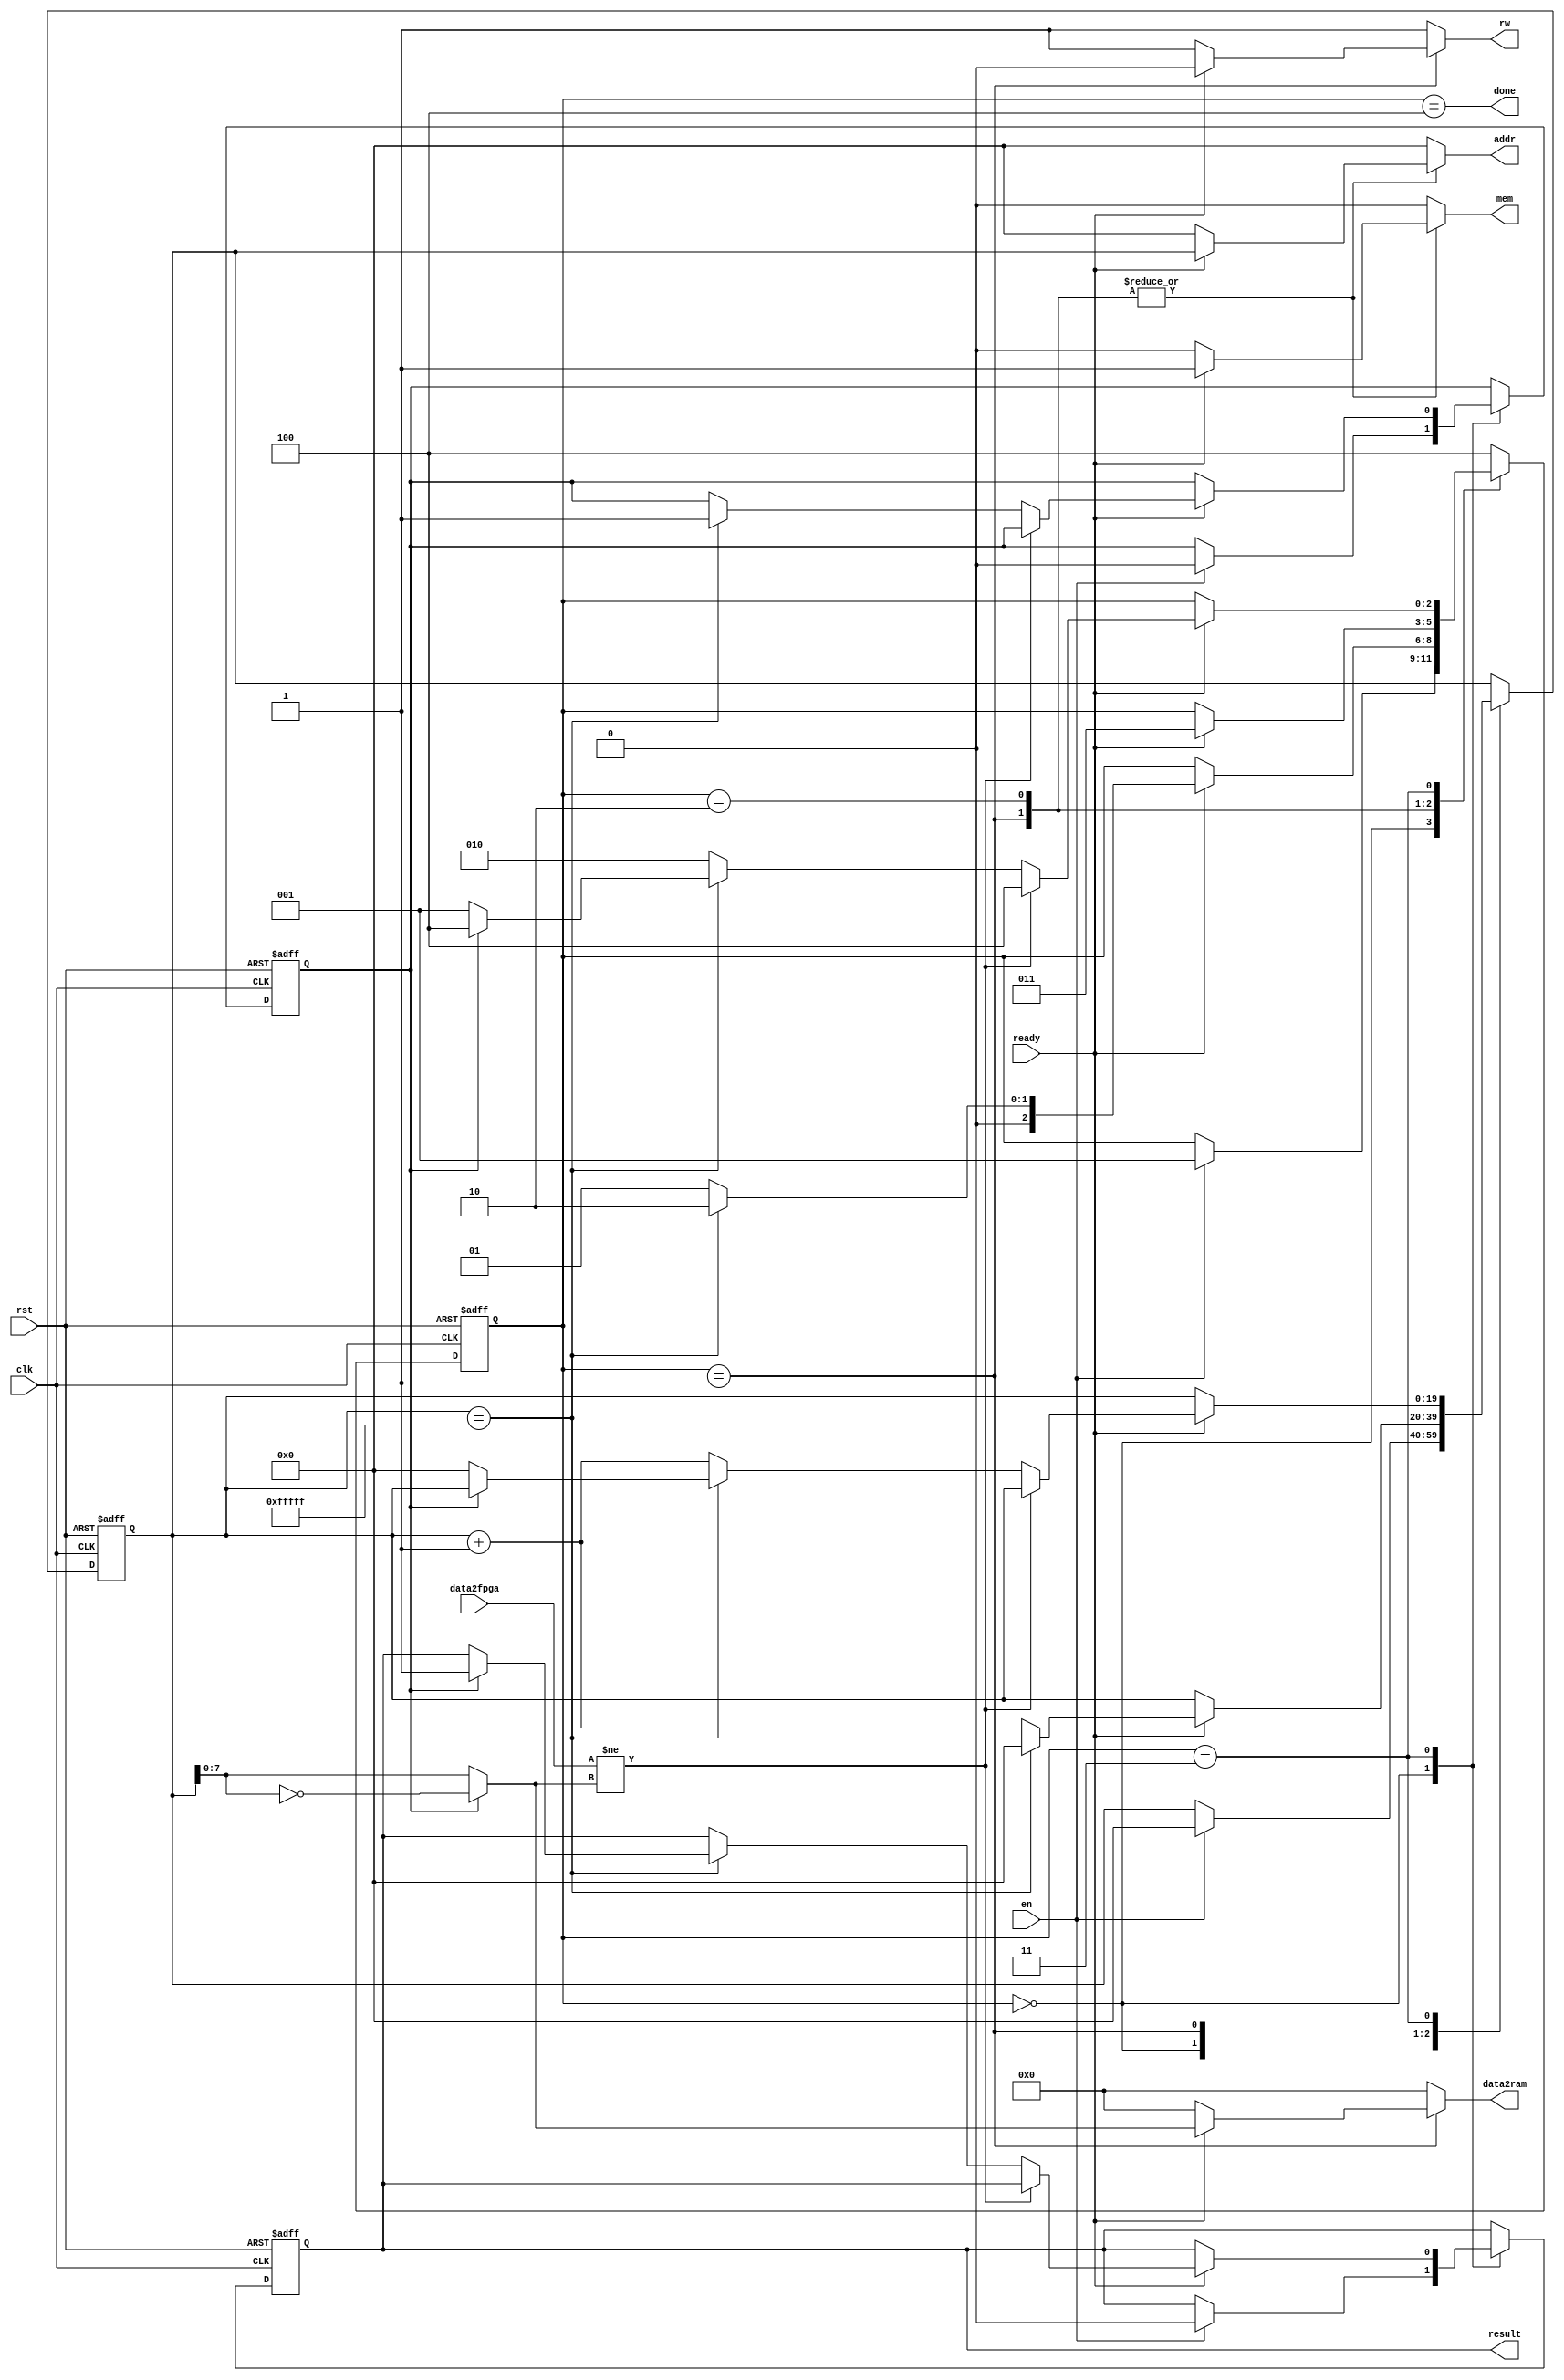
////////////////////////////////////////////////////////////////////////////////
//
// 
// Module Name:     device_test
// Target Devices:  Mojo V3 (Spartan-6)
//
// Description:     NTSC Shield SRAM Device Test
//
//                  Device Test checks that each address can hold a 0 and 1 bit.
//                  The test begins by writing an incrementing value to
//                  incrementing addresses (0x00000: 0x00, 0x00001: 0x01, etc),
//                  reads the data back, compares it, then writes the inverse
//                  (0x00000: 0xff, 0x00001: 0xfe, etc), and repeats.
//
// Inputs:          clk         - 50 MHz Mojo V3 clock input
//                  rst         - asynchronous reset
//                  en          - enable test
//                  ready       - ready for new operation
//                  data2fpga   - 8-bit data read from SRAM
//		
// Outputs:         mem         - initiate memory operation
//                  rw          - read (1) or write (0)
//                  addr        - 20-bit address
//                  data2ram    - 8-bit data to write to SRAM
//                  done        - test done flag
//                  result      - test result
//
////////////////////////////////////////////////////////////////////////////////

module device_test
    (
    input wire clk,
    input wire rst,
    
    input wire en,
    
    output reg mem,
    output reg rw,
    input wire ready,
    
    output reg [19:0] addr,
    output reg [7:0] data2ram,
    input wire [7:0] data2fpga,
    
    output wire done,
    output wire result
    );
    
    
// CONSTANTS ///////////////////////////////////////////////////////////////////
   
    // FSM states
    localparam S_IDLE    = 3'd0,
               S_WRITE   = 3'd1,
               S_READ    = 3'd2,
               S_COMPARE = 3'd3,
               S_DONE    = 3'd4;
    
    localparam INIT_ADDR = 20'h0_0000;
    
    localparam TEST_1 = 1'b0,
               TEST_2 = 1'b1;
    
    localparam FAIL    = 1'b0,
               SUCCESS = 1'b1;
    
    
// SIGNAL DECLARATION //////////////////////////////////////////////////////////
    
    // FSM state registers
    reg [2:0] state_ff, state_ns;
    
    // SRAM test signals
    reg test_ff, test_ns;
    reg [19:0] addr_ff, addr_ns;
    wire [7:0] data;
    reg result_ff, result_ns;
    
    
// SIGNALS /////////////////////////////////////////////////////////////////////
    
    assign data = (test_ff == TEST_1) ? addr_ff[7:0] :
                                        ~addr_ff[7:0];
    
    
// REGISTERS ///////////////////////////////////////////////////////////////////
    
    always @(posedge clk, posedge rst)
        if(rst)
            begin
                state_ff <= S_IDLE;
                test_ff <= TEST_1;
                addr_ff <= INIT_ADDR;
                result_ff <= FAIL;
            end
        else
            begin
                state_ff <= state_ns;
                test_ff <= test_ns;
                addr_ff <= addr_ns;
                result_ff <= result_ns;
            end
    
    
// NEXT STATE LOGIC ////////////////////////////////////////////////////////////
    
    always @*
        begin
            state_ns = state_ff;
            
            mem = 1'b0;
            rw = 1'b1;
            addr = 20'h0_0000;
            data2ram = 8'd0;
            
            test_ns = test_ff;
            addr_ns = addr_ff;
            result_ns = result_ff;
            
            case(state_ff)
                // initialize the test
                S_IDLE:
                    if(en)
                        begin                    
                            test_ns = TEST_1;
                            addr_ns = INIT_ADDR;
                            result_ns = FAIL;
                            
                            state_ns = S_WRITE;
                        end
                
                // write the test pattern
                S_WRITE:
                    if(ready)
                        begin
                            mem = 1'b1;
                            rw = 1'b0;
                            addr = addr_ff;
                            data2ram = data;
                            
                            if(addr_ff == 20'hf_ffff)
                                begin
                                    addr_ns = INIT_ADDR;
                                    state_ns = S_READ;
                                end
                            else
                                begin
                                    addr_ns = addr_ff + 20'h0_0001;
                                    state_ns = S_WRITE;
                                end
                        end
                
                // read the test address
                S_READ:
                    if(ready)
                        begin                            
                            mem = 1'b1;
                            rw = 1'b1;
                            addr = addr_ff;
                            
                            state_ns = S_COMPARE;
                        end
                
                S_COMPARE:
                    if(ready)
                        // verify data read vs data written
                        if(data2fpga != data)
                            state_ns = S_DONE;
                        else
                            if(addr_ff == 20'hf_ffff)
                                // last address and test 2 complete? done.
                                if(test_ff == TEST_2)
                                    begin
                                        result_ns = SUCCESS;
                                        state_ns = S_DONE;
                                    end
                                // otherwise, execute test 2
                                else
                                    begin
                                        test_ns = TEST_2;
                                        addr_ns = INIT_ADDR;
                                        
                                        state_ns = S_WRITE;
                                    end
                            else
                                begin
                                    addr_ns = addr_ff + 20'h0_0001;
                                    state_ns = S_READ;
                                end
                
                S_DONE:
                    state_ns = S_DONE;
                
                default:
                    state_ns = S_DONE;
            
            endcase
        end
    
    
// OUTPUT LOGIC ////////////////////////////////////////////////////////////////
    
    // SRAM test results
    assign done = (state_ff == S_DONE);
    assign result = result_ff;
    
endmodule